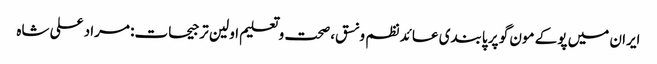
ایران میں پوکے مون گو پر پابندی عائد	 نظم و نسق، صحت و تعلیم اولین ترجیحات: مراد علی شاہ